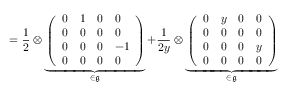
= \frac 1 2 \otimes \underbrace { \left( \begin{array} { l l l l } { 0 } & { 1 } & { 0 } & { 0 } \\ { 0 } & { 0 } & { 0 } & { 0 } \\ { 0 } & { 0 } & { 0 } & { - 1 } \\ { 0 } & { 0 } & { 0 } & { 0 } \end{array} \right) } _ { \in \mathfrak g } + \frac { 1 } { 2 y } \otimes \underbrace { \left( \begin{array} { l l l l } { 0 } & { y } & { 0 } & { 0 } \\ { 0 } & { 0 } & { 0 } & { 0 } \\ { 0 } & { 0 } & { 0 } & { y } \\ { 0 } & { 0 } & { 0 } & { 0 } \end{array} \right) } _ { \in \mathfrak g }